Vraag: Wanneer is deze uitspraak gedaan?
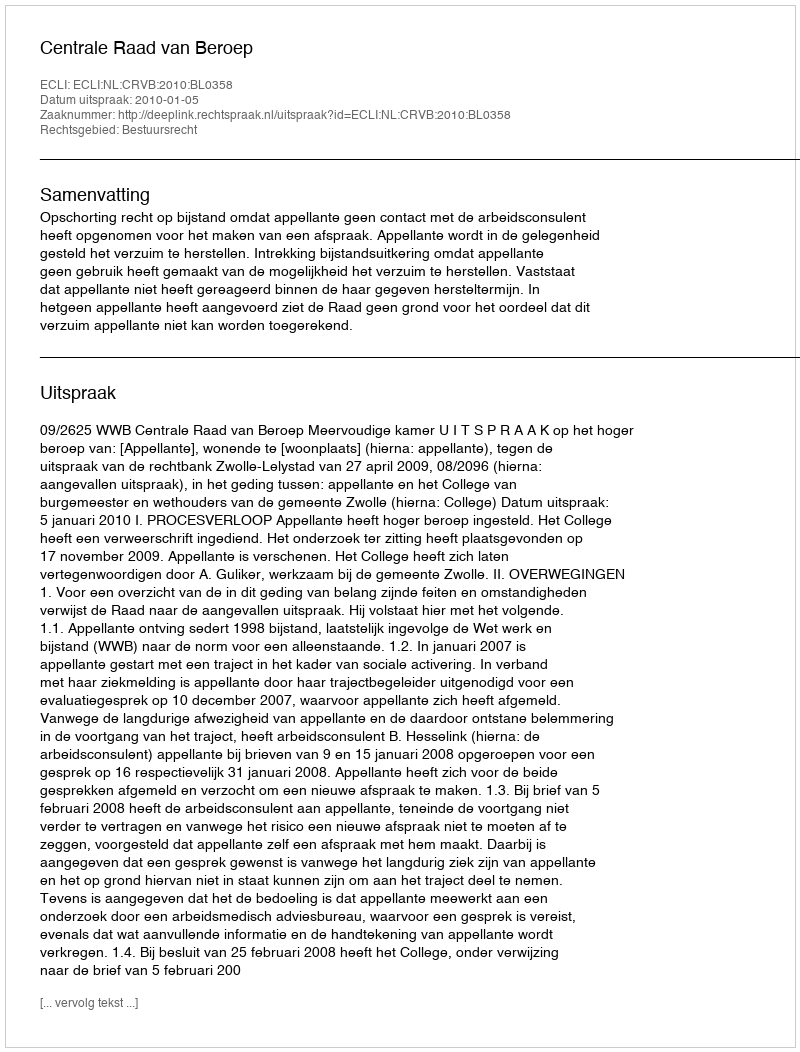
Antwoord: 2010-01-05